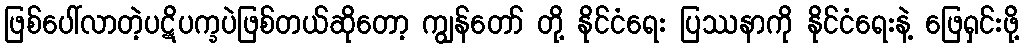
ဖြစ်ပေါ်လာတဲ့ပဋိပက္ခပဲဖြစ်တယ်ဆိုတော့ ကျွန်တော် တို့ နိုင်ငံရေး ပြဿနာကို နိုင်ငံရေးနဲ့ ဖြေရှင်းဖို့